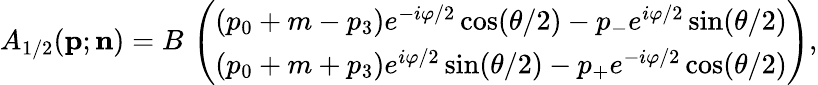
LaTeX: A_{1/2}({\mathbf p};{\mathbf n})=B\, \left(\begin{array}{ccc}{{(p_{0}+m-p_{3})e^{-i\varphi/2}\cos({\theta}/2)-p_{-}e^{i\varphi/2}\sin({\theta}/2)}}\\ {{(p_{0}+m+p_{3})e^{i\varphi/2}\sin({\theta}/2)-p_{+}e^{-i\varphi/2}\cos({\theta}/2)}}\end{array}\right),